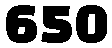
650